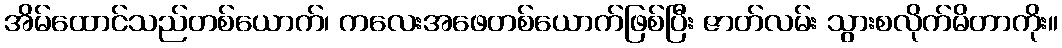
အိမ်ထောင်သည်တစ်ယောက်၊ ကလေးအဖေတစ်ယောက်ဖြစ်ပြီး ဇာတ်လမ်း သွားစလိုက်မိတာကိုး။